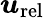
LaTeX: \boldsymbol{u}_{\mathrm{rel}}